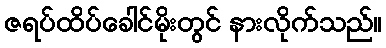
ဇရပ်ထိပ်ခေါင်မိုးတွင် နားလိုက်သည်။